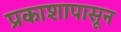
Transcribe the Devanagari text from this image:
प्रकाशापासून